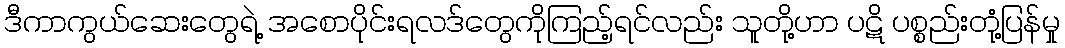
ဒီကာကွယ်ဆေးတွေရဲ့ အစောပိုင်းရလဒ်တွေကိုကြည့်ရင်လည်း သူတို့ဟာ ပဋိ ပစ္စည်းတုံ့ပြန်မှု